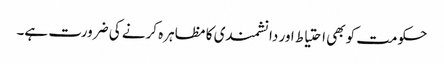
حکومت کو بھی احتیاط اور دانشمندی کا مظاہرہ کرنے کی ضرورت ہے۔